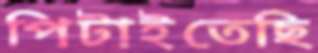
পিটাইতেছি